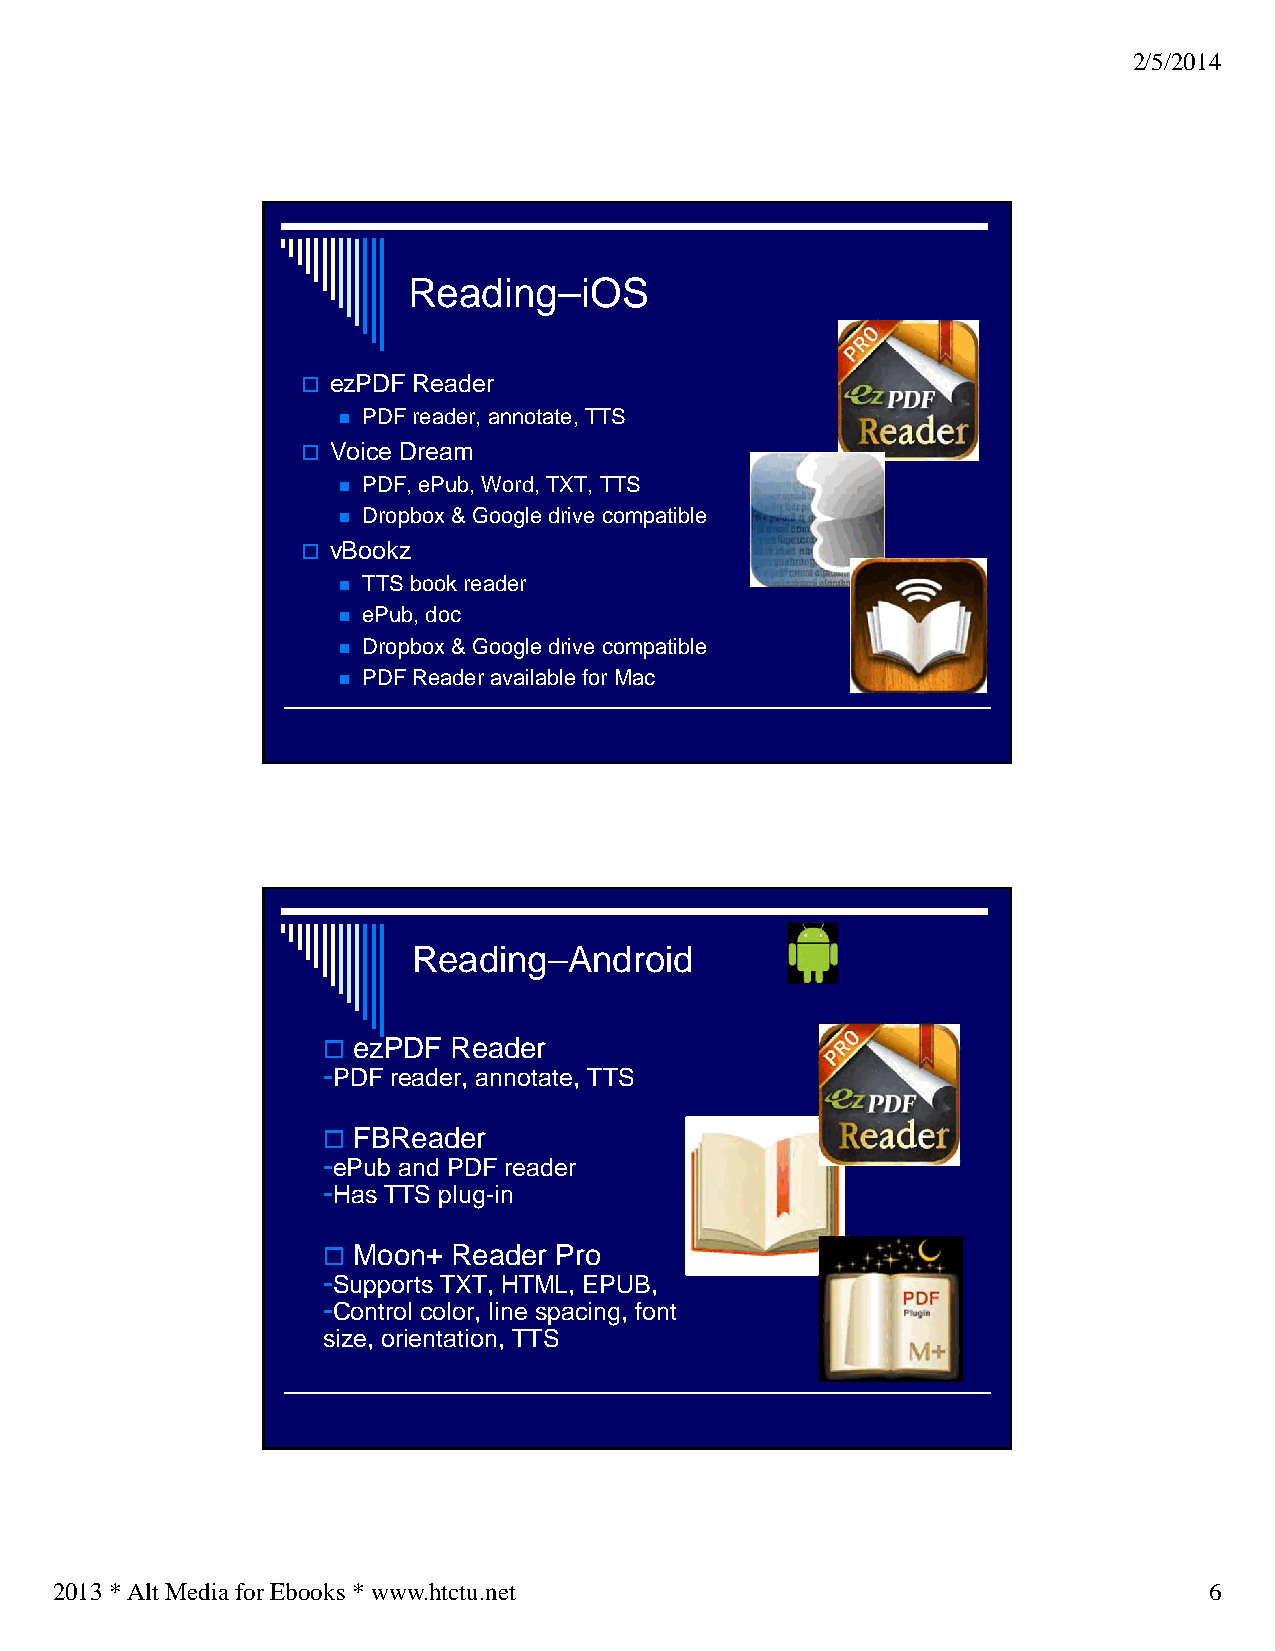
2/5/2014
 Reading–iOS
  ezPDF Reader
  PDF reader, annotate, TTS
  Voice Dream
  PDF, ePub, Word, TXT, TTS
  Dropbox & Google drive compatible
  vBookz
  TTS book reader
  ePub, doc
  Dropbox & Google drive compatible
  PDF Reader available for Mac
 Reading–Android
  ezPDF  Reader
 -PDF reader, annotate, TTS
  FBReader
 -ePub and PDF reader
 -Has TTS plug-in
  Moon+  Reader Pro
 -Supports TXT, HTML, EPUB,
 -Control color, line spacing, font
 size, orientation, TTS
 2013 * Alt Media for Ebooks * www.htctu.net                                 6